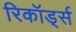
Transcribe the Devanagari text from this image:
रिकॉड्‌र्स